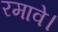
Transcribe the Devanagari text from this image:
रमावे।